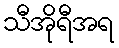
သီအိုရီအရ